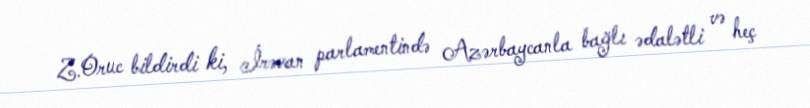
Z.Oruc bildirdi ki, İrəvan parlamentində Azərbaycanla bağlı ədalətli və heç